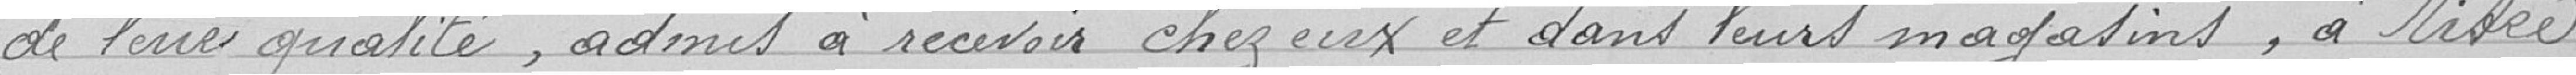
de leur qualité, admis à recevoir chez eux et dans leurs magasins, à ....